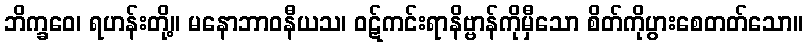
ဘိက္ခဝေ၊ ရဟန်းတို့။ မနောဘာဝနီယသ၊ ဝဋ်ကင်းရာနိဗ္ဗာန်ကိုမှီသော စိတ်ကိုပွားစေတတ်သော။